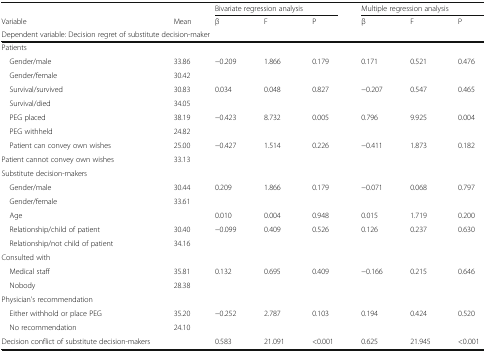
<table><thead><tr><td>[EMPTY_CELL]</td><td>[EMPTY_CELL]</td><td colspan="3"><b>Bivariate regression analysis</b></td><td colspan="3"><b>Multiple regression analysis</b></td></tr><tr><td><b>Variable</b></td><td><b>Mean</b></td><td><b>β</b></td><td><b>F</b></td><td><b>P</b></td><td><b>β</b></td><td><b>F</b></td><td><b>P</b></td></tr><tr><td colspan="8"><b>Dependent variable: Decision regret of substitute decision-maker</b></td></tr></thead><tbody><tr><td colspan="8">Patients</td></tr><tr><td> Gender/male</td><td>33.86</td><td>−0.209</td><td>1.866</td><td>0.179</td><td>0.171</td><td>0.521</td><td>0.476</td></tr><tr><td> Gender/female</td><td>30.42</td><td>[EMPTY_CELL]</td><td>[EMPTY_CELL]</td><td>[EMPTY_CELL]</td><td>[EMPTY_CELL]</td><td>[EMPTY_CELL]</td><td>[EMPTY_CELL]</td></tr><tr><td> Survival/survived</td><td>30.83</td><td>0.034</td><td>0.048</td><td>0.827</td><td>−0.207</td><td>0.547</td><td>0.465</td></tr><tr><td> Survival/died</td><td>34.05</td><td>[EMPTY_CELL]</td><td>[EMPTY_CELL]</td><td>[EMPTY_CELL]</td><td>[EMPTY_CELL]</td><td>[EMPTY_CELL]</td><td>[EMPTY_CELL]</td></tr><tr><td> PEG placed</td><td>38.19</td><td>−0.423</td><td>8.732</td><td>0.005</td><td>0.796</td><td>9.925</td><td>0.004</td></tr><tr><td> PEG withheld</td><td>24.82</td><td>[EMPTY_CELL]</td><td>[EMPTY_CELL]</td><td>[EMPTY_CELL]</td><td>[EMPTY_CELL]</td><td>[EMPTY_CELL]</td><td>[EMPTY_CELL]</td></tr><tr><td> Patient can convey own wishes</td><td>25.00</td><td>−0.427</td><td>1.514</td><td>0.226</td><td>−0.411</td><td>1.873</td><td>0.182</td></tr><tr><td>Patient cannot convey own wishes</td><td>33.13</td><td>[EMPTY_CELL]</td><td>[EMPTY_CELL]</td><td>[EMPTY_CELL]</td><td>[EMPTY_CELL]</td><td>[EMPTY_CELL]</td><td>[EMPTY_CELL]</td></tr><tr><td colspan="8">Substitute decision-makers</td></tr><tr><td> Gender/male</td><td>30.44</td><td>0.209</td><td>1.866</td><td>0.179</td><td>−0.071</td><td>0.068</td><td>0.797</td></tr><tr><td> Gender/female</td><td>33.61</td><td>[EMPTY_CELL]</td><td>[EMPTY_CELL]</td><td>[EMPTY_CELL]</td><td>[EMPTY_CELL]</td><td>[EMPTY_CELL]</td><td>[EMPTY_CELL]</td></tr><tr><td> Age</td><td>[EMPTY_CELL]</td><td>0.010</td><td>0.004</td><td>0.948</td><td>0.015</td><td>1.719</td><td>0.200</td></tr><tr><td> Relationship/child of patient</td><td>30.40</td><td>−0.099</td><td>0.409</td><td>0.526</td><td>0.126</td><td>0.237</td><td>0.630</td></tr><tr><td> Relationship/not child of patient</td><td>34.16</td><td>[EMPTY_CELL]</td><td>[EMPTY_CELL]</td><td>[EMPTY_CELL]</td><td>[EMPTY_CELL]</td><td>[EMPTY_CELL]</td><td>[EMPTY_CELL]</td></tr><tr><td colspan="8">Consulted with</td></tr><tr><td> Medical staff</td><td>35.81</td><td>0.132</td><td>0.695</td><td>0.409</td><td>−0.166</td><td>0.215</td><td>0.646</td></tr><tr><td> Nobody</td><td>28.38</td><td>[EMPTY_CELL]</td><td>[EMPTY_CELL]</td><td>[EMPTY_CELL]</td><td>[EMPTY_CELL]</td><td>[EMPTY_CELL]</td><td>[EMPTY_CELL]</td></tr><tr><td colspan="8">Physician’s recommendation</td></tr><tr><td> Either withhold or place PEG</td><td>35.20</td><td>−0.252</td><td>2.787</td><td>0.103</td><td>0.194</td><td>0.424</td><td>0.520</td></tr><tr><td> No recommendation</td><td>24.10</td><td>[EMPTY_CELL]</td><td>[EMPTY_CELL]</td><td>[EMPTY_CELL]</td><td>[EMPTY_CELL]</td><td>[EMPTY_CELL]</td><td>[EMPTY_CELL]</td></tr><tr><td>Decision conflict of substitute decision-makers</td><td>[EMPTY_CELL]</td><td>0.583</td><td>21.091</td><td>&lt;0.001</td><td>0.625</td><td>21.945</td><td>&lt;0.001</td></tr></tbody></table>